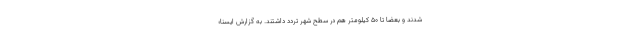
شدند و بعضاً تا ۵۰ کیلومتر هم در سطح شهر تردد داشتند. به گزارش ایسنا؛